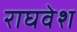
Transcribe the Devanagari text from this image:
राघवेश